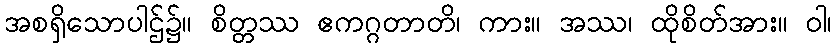
အစရှိသောပါဌ်၌။ စိတ္တဿ ဧကဂ္ဂတာတိ၊ ကား။ အဿ၊ ထိုစိတ်အား။ ဝါ၊